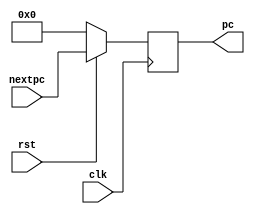
`timescale 1ns / 1ps
//////////////////////////////////////////////////////////////////////////////////
// Company: 
// Engineer: 
// 
// Design Name: 
// Module Name: PC_CTRL
// Project Name: 
// Target Devices: 
// Tool Versions: 
// Description: 
// 
// Dependencies: 
// 
// Revision:
// Revision 0.01 - File Created
// Additional Comments:
// 
//////////////////////////////////////////////////////////////////////////////////


module PC_CTRL(nextpc, clk, rst, pc);
    input clk, rst;
    input [31:0] nextpc;
    output [31:0] pc;
    reg [31:0] pc = 32'd0;
    
    always@(posedge clk) begin
        if(rst == 0)
            pc <= 0;
        else 
            pc <= nextpc;
    end
    
endmodule